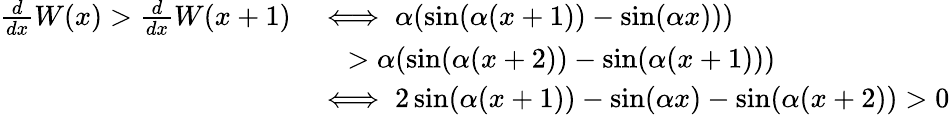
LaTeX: \begin{array}{rl}{\frac{d}{dx}W(x)>\frac{d}{dx}W(x+1)}&{\iff\alpha(\sin(\alpha(x+1))-\sin(\alpha x)))}\\ &{\quad>\alpha(\sin(\alpha(x+2))-\sin(\alpha(x+1)))}\\ &{\iff 2\sin(\alpha(x+1))-\sin(\alpha x)-\sin(\alpha(x+2))>0}\end{array}